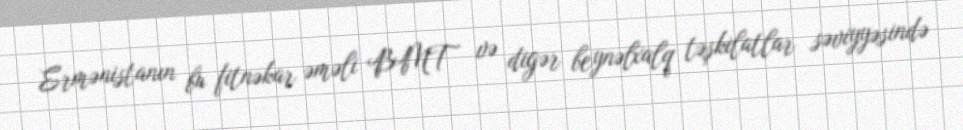
Ermənistanın bu fitnəkar əməli BMT və digər beynəlxalq təşkilatlar səviyyəsində